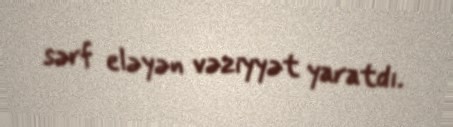
sərf eləyən vəziyyət yaratdı.